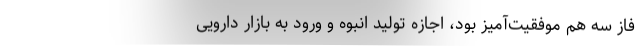
فاز سه هم موفقیت‌آمیز بود، اجازه‌ تولید انبوه و ورود به بازار دارویی